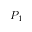
P _ { 1 }